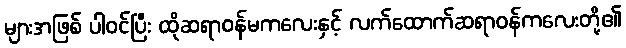
များအဖြစ် ပါဝင်ပြီး ထိုဆရာဝန်မကလေးနှင့် လက်ထောက်ဆရာဝန်ကလေးတို့၏